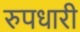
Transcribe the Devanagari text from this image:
रुपधारी